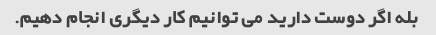
بله اگر دوست دارید می توانیم کار دیگری انجام دهیم.